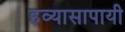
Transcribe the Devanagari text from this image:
हव्यासापायी